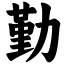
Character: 勤